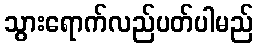
သွားရောက်လည်ပတ်ပါမည်